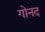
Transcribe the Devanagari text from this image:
गोनद